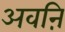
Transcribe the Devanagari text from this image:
अवऩि